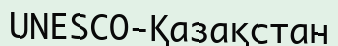
UNESCO-Қазақстан